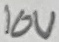
Text: 10V